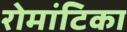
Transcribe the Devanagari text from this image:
रोमांटिका